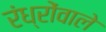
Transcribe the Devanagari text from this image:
रंध्रोंवाले